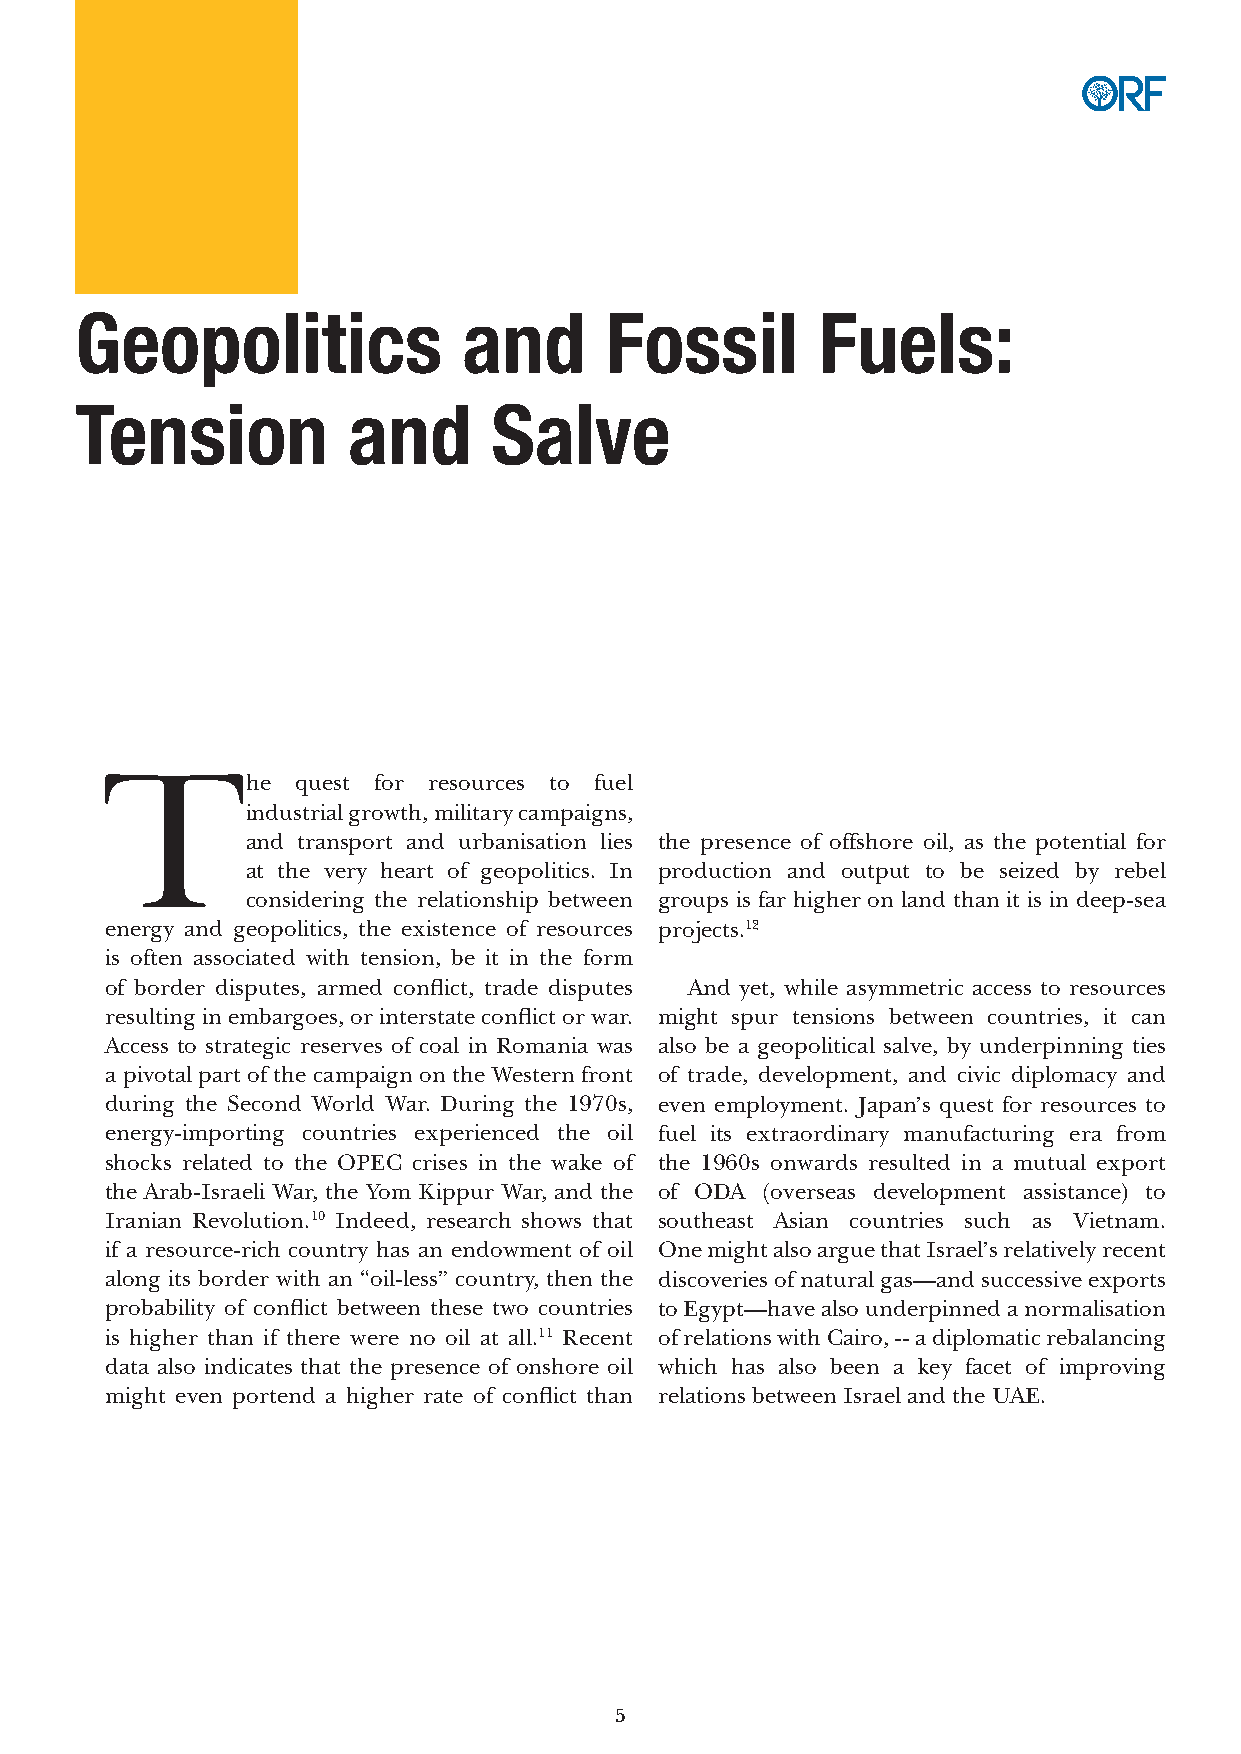
Geopolitics               and      Fossil        Fuels:
 Tension           and       Salve
 T
 he  quest for resources to fuel
 industrial growth, military campaigns,
 and transport and urbanisation lies the presence of offshore oil, as the potential for
 at the very heart of geopolitics. In production and output to be seized by rebel
 considering the relationship between groups is far higher on land than it is in deep-sea
 energy and geopolitics, the existence of resources projects.12
 is often associated with tension, be it in the form
 of border disputes, armed conflict, trade disputes And yet, while asymmetric access to resources
 resulting in embargoes, or interstate conflict or war. might spur tensions between countries, it can
 Access to strategic reserves of coal in Romania was also be a geopolitical salve, by underpinning ties
 a pivotal part of the campaign on the Western front of trade, development, and civic diplomacy and
 during the Second World War. During the 1970s, even employment. Japan’s quest for resources to
 energy-importing countries experienced the oil fuel its extraordinary manufacturing era from
 shocks related to the OPEC crises in the wake of the 1960s onwards resulted in a mutual export
 the Arab-Israeli War, the Yom Kippur War, and the of ODA (overseas development assistance) to
 Iranian Revolution.10 Indeed, research shows that southeast Asian countries such as Vietnam.
 if a resource-rich country has an endowment of oil One might also argue that Israel’s relatively recent
 along its border with an “oil-less” country, then the discoveries of natural gas—and successive exports
 probability of conflict between these two countries to Egypt—have also underpinned a normalisation
 is higher than if there were no oil at all.11 Recent of relations with Cairo, -- a diplomatic rebalancing
 data also indicates that the presence of onshore oil which has also been a key facet of improving
 might even portend a higher rate of conflict than relations between Israel and the UAE.
 5